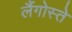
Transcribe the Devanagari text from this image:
लैंगोस्ते